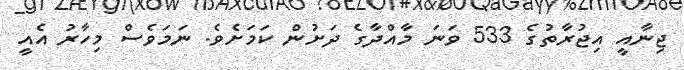
ޖިނާއީ އިޖުރާތުގެ 533 ވަނަ މާއްދާގެ ދަށުން ކަމަށެވެ. ނަމަވެސް މިހާރު އެއީ